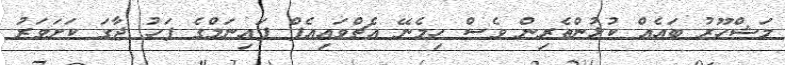
މަޝްހޫރު ބައެއް ކުޅުންތެރިން ވެސް ހިމެނޭ އެޗްވައިއެފް ފައިނަލްގެ ފަހު ޖާގަ ކަށަވަރު